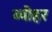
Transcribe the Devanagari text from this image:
ब्योहर